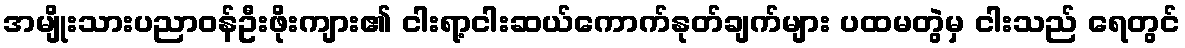
အမျိုးသားပညာဝန်ဦးဖိုးကျား၏ ငါးရာ့ငါးဆယ်ကောက်နုတ်ချက်များ ပထမတွဲမှ ငါးသည် ရေတွင်